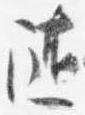
随